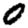
Digit: 0